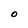
Character: O